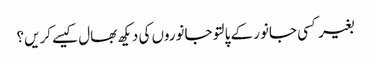
بغیر کسی جانور کے پالتو جانوروں کی دیکھ بھال کیسے کریں؟